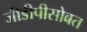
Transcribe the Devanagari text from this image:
जीडीपीसोबत